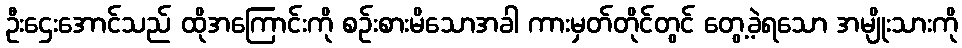
ဦးဌေးအောင်သည် ထိုအကြောင်းကို စဉ်းစားမိသောအခါ ကားမှတ်တိုင်တွင် တွေ့ခဲ့ရသော အမျိုးသားကို